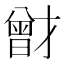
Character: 𭨟